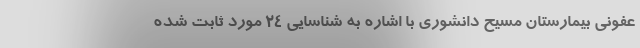
عفونی بیمارستان مسیح دانشوری با اشاره به شناسایی 24 مورد ثابت شده